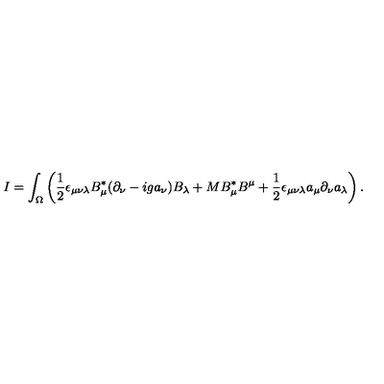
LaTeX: I = \int _ { \Omega } \left( \frac { 1 } { 2 } \epsilon _ { \mu \nu \lambda } B _ { \mu } ^ { * } ( \partial _ { \nu } - i g a _ { \nu } ) B _ { \lambda } + M B _ { \mu } ^ { * } B ^ { \mu } + \frac { 1 } { 2 } \epsilon _ { \mu \nu \lambda } a _ { \mu } \partial _ { \nu } a _ { \lambda } \right) .